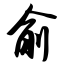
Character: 俞